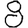
Digit: 8